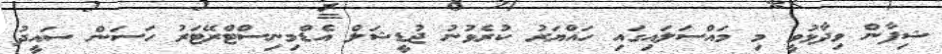
ޝިފާން ވިދާޅުވީ މި މައްސަލައިގައި ހައްޔަރު ކުރެވުނު ޖުޑީޝަލް އެޑްމިނިސްޓްރޭޓަރު ހަސަން ސައީދު